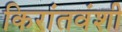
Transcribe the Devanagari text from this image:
किरांतवंशी